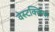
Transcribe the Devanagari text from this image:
वेस्टक्लिफ